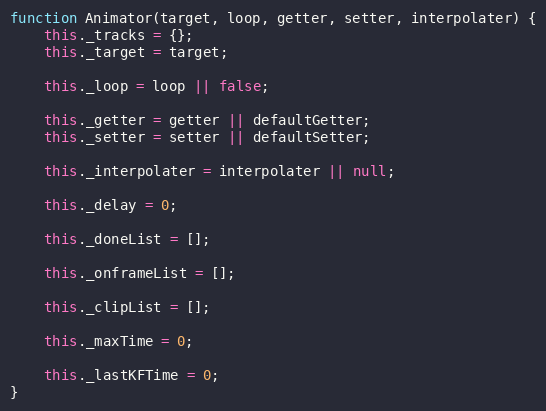
Language: JavaScript
function Animator(target, loop, getter, setter, interpolater) {
    this._tracks = {};
    this._target = target;

    this._loop = loop || false;

    this._getter = getter || defaultGetter;
    this._setter = setter || defaultSetter;

    this._interpolater = interpolater || null;

    this._delay = 0;

    this._doneList = [];

    this._onframeList = [];

    this._clipList = [];

    this._maxTime = 0;

    this._lastKFTime = 0;
}